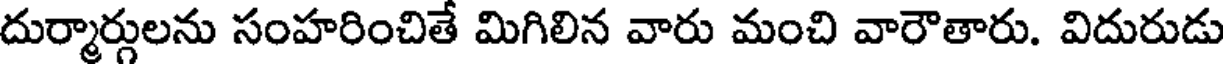
దుర్మార్గులను సంహరించితే మిగిలిన వారు మంచి వారౌతారు. విదురుడు